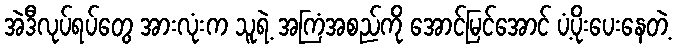
အဲဒီလုပ်ရပ်တွေ အားလုံးက သူရဲ့ အကြံအစည်ကို အောင်မြင်အောင် ပံ့ပိုးပေးနေတဲ့